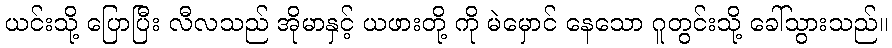
ယင်းသို့ ပြောပြီး လီလသည် အိုမာနှင့် ယဖားတို့ ကို မဲမှောင် နေသော ဂူတွင်းသို့ ခေါ်သွားသည်။